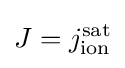
J=j_{\mathrm {ion} }^{\mathrm {sat} }